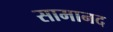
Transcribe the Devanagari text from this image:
सामानद